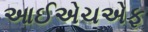
આઈએચએફ